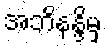
အဘိနန္ဒိမှ